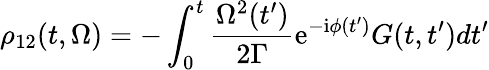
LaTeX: \rho_{12}(t,\Omega)=-\int_{0}^{t}\frac{\Omega^{2}(t^{\prime})}{2\Gamma}\mathrm{e}^{-\mathrm{i}\phi(t^{\prime})}G(t,t^{\prime})dt^{\prime}